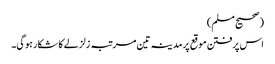
(صحیح مسلم)
اس پرفتن موقع پر مدینہ تین مرتبہ زلزلے کا شکار ہوگی۔